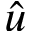
\Hat { u }